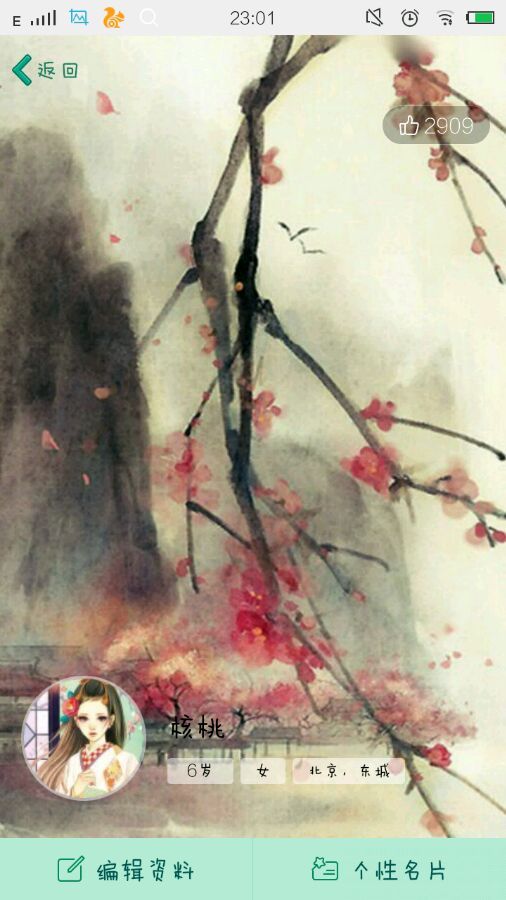
明月如霜，好风如水，清景无限。